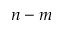
n - m